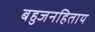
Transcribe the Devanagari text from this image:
बहुजनहिताय